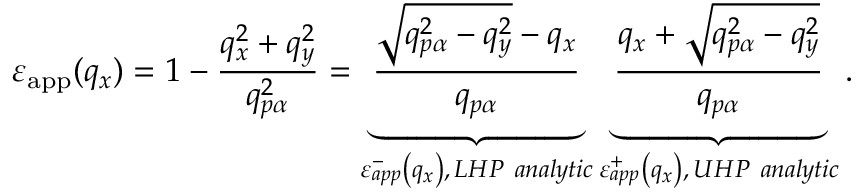
{ { \varepsilon } _ { \mathrm { a p p } } } ( { { q } _ { x } } ) = 1 - \frac { q _ { x } ^ { 2 } + q _ { y } ^ { 2 } } { q _ { p \alpha } ^ { 2 } } = \underbrace { \frac { \sqrt { q _ { p \alpha } ^ { 2 } - q _ { y } ^ { 2 } } - { { q } _ { x } } } { { { q } _ { p \alpha } } } } _ { \varepsilon _ { a p p } ^ { - } \left( { { q } _ { x } } \right) , \, L H P \ a n a l y t i c } \underbrace { \frac { { { q } _ { x } } + \sqrt { q _ { p \alpha } ^ { 2 } - q _ { y } ^ { 2 } } } { { { q } _ { p \alpha } } } } _ { \varepsilon _ { a p p } ^ { + } \left( { { q } _ { x } } \right) , \, U H P \ a n a l y t i c } .